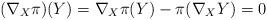
LaTeX: \begin{align*}(\nabla_{X}\pi)(Y)=\nabla_{X}\pi(Y)-\pi(\nabla_{X}Y)=0\end{align*}